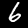
Label: 6